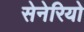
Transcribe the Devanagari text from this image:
सेनेरियो